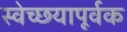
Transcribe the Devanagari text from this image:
स्वेच्छयापूर्वक